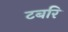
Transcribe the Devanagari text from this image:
टबरि